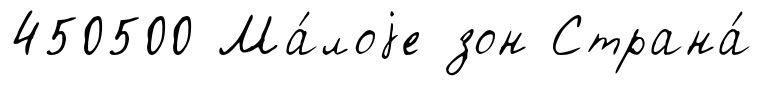
450500 Ма́лоjе зон Страна́